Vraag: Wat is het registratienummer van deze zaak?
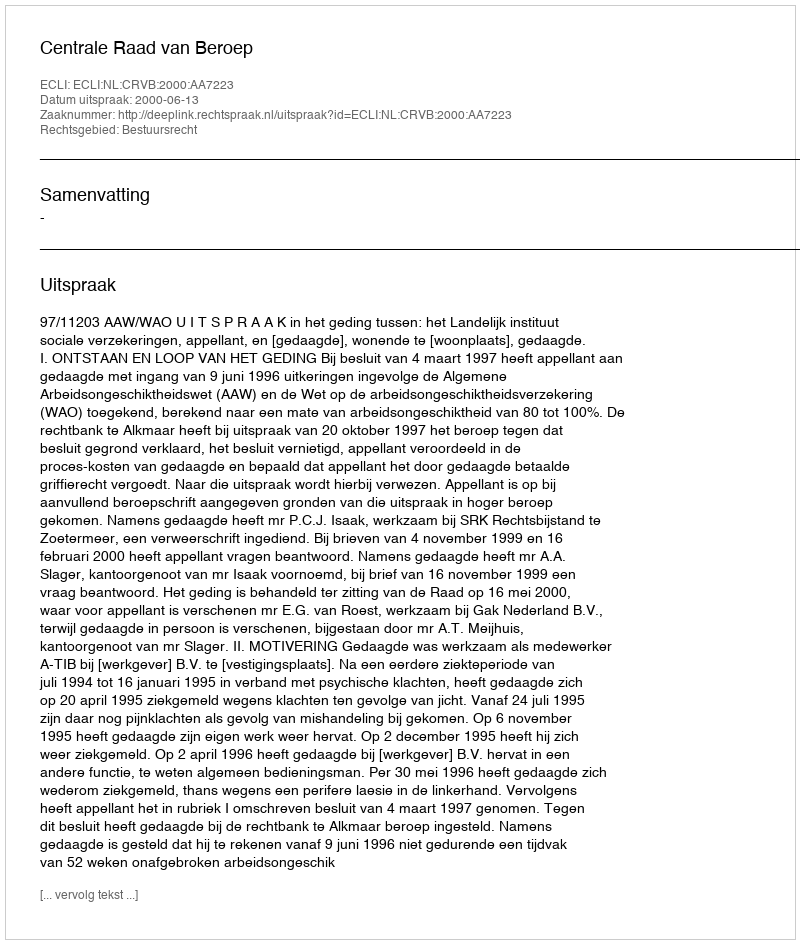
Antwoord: http://deeplink.rechtspraak.nl/uitspraak?id=ECLI:NL:CRVB:2000:AA7223